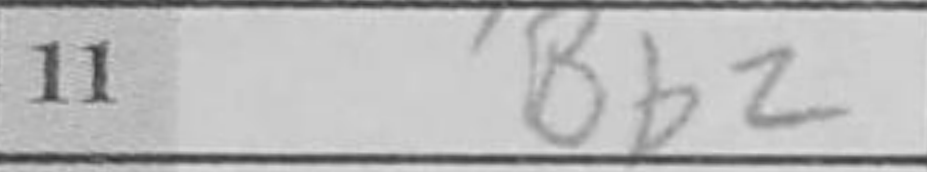
Transcription: Bb2